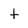
Character: t